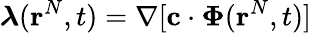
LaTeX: \boldsymbol{\lambda}(\mathbf{r}^{N},t)=\nabla[\mathbf{c}\cdot\mathbf{\Phi}(\mathbf{r}^{N},t)]